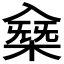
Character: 𠓸